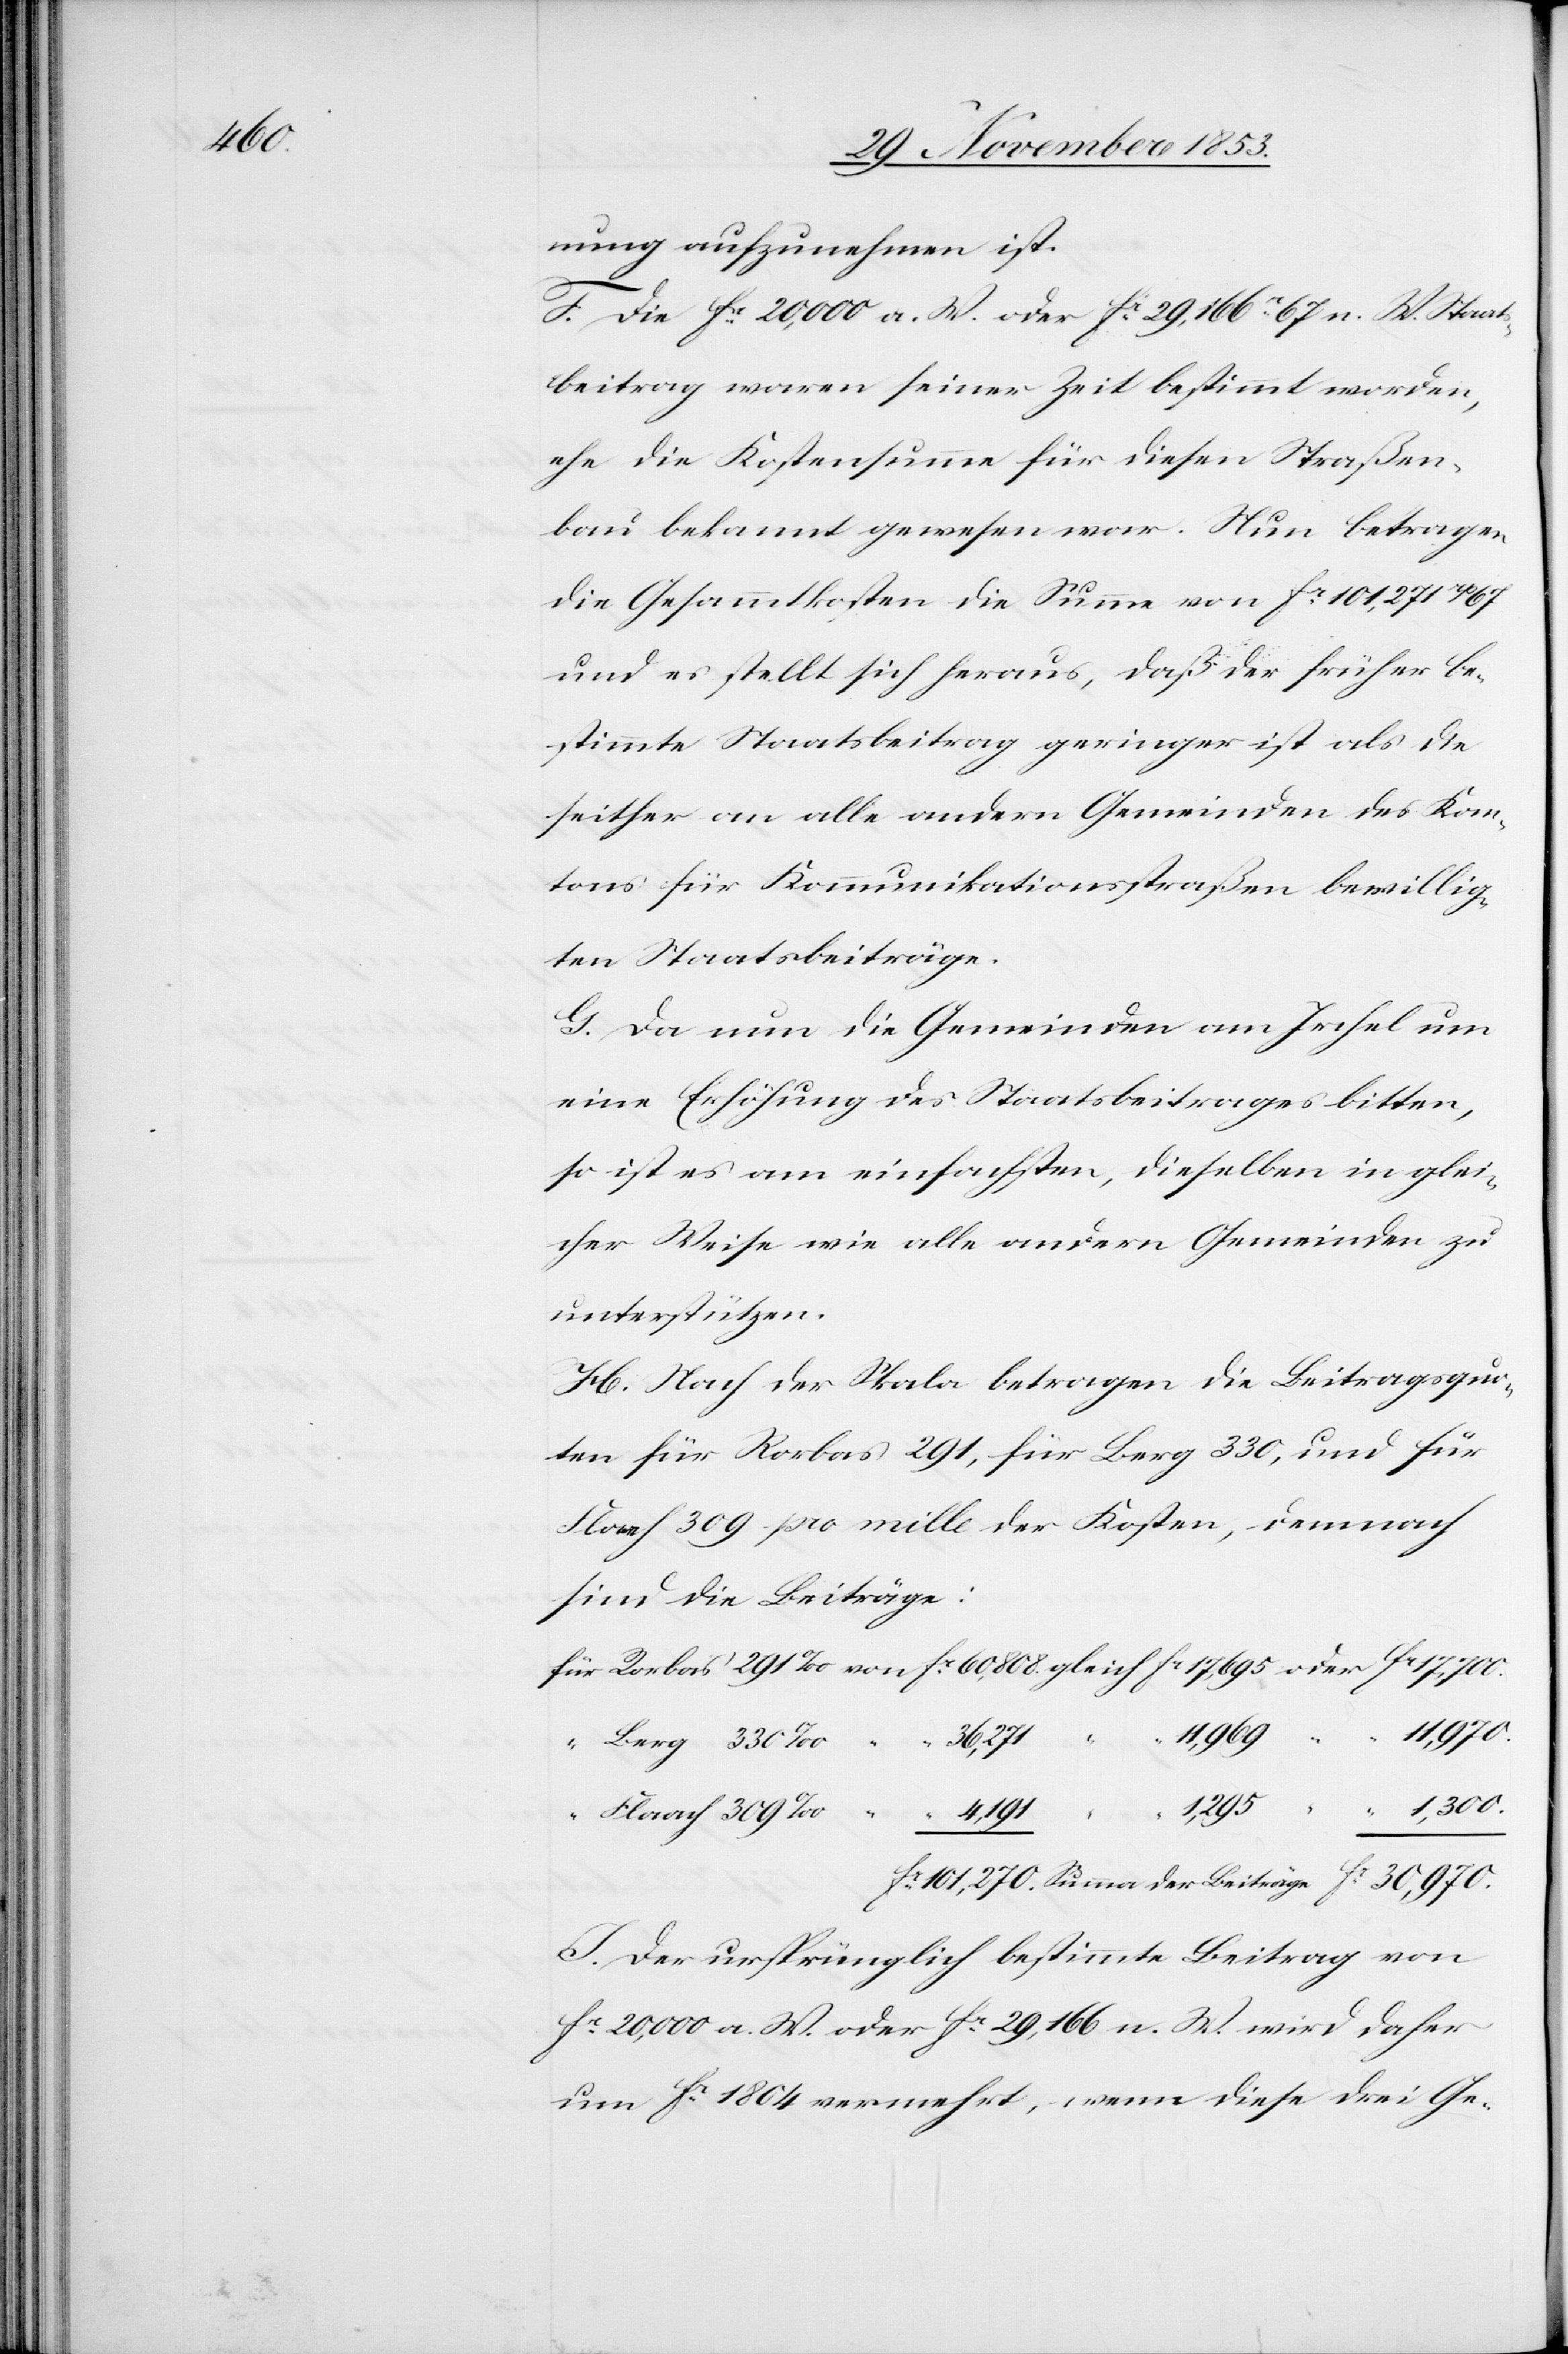
nung aufzunehmen ist.
F. Die fc 20,000 a. W. oder fc 29,166 67 n. W. Staat¬
sbeitrag waren seiner Zeit bestimmt worden,
ehe die Kostensumme für diesen Straßen¬
bau bekannt gewesen war. Nun betragen
die Gesammtkosten die Summe von fc 101,271 rp 67
und es stellt sich heraus, daß der früher be¬
stimmte Staatsbeitrag geringer ist als die
seither an alle andern Gemeinden des Kan¬
tons für Kommunikationsstraßen bewillig¬
ten Staatsbeiträge.
G. Da nun die Gemeinden am Irchel um
eine Erhöhung des Staatsbeitrages bitten,
so ist es am einfachsten, dieselben in glei¬
cher Weise wie alle andern Gemeinden zu
unterstützen.
H. Nach der Skala betragen die Beitragsquo¬
ten für Rorbas 291, für Berg 330, und für
Flaach 309 pro mille der Kosten, demnach
sind die Beiträge:
101,270.
der
4,191
J. Der ursprünglich bestimmte Beitrag von
fc 20,000 a. W. oder fc 29,166 n. W. wird daher
um fc 1804 vermehrt, wenn diese drei Ge-